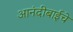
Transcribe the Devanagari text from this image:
आनंदीबाईचे